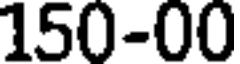
150-00